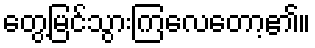
တွေ့မြင်သွားကြလေတော့၏။